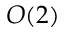
O ( 2 )